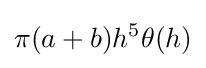
\pi (a+b)h^{5}\theta (h)